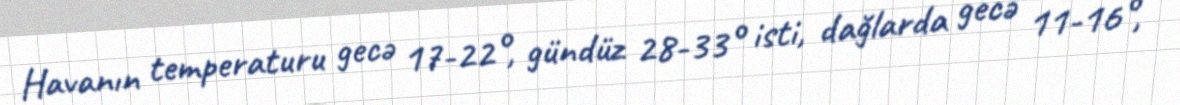
Havanın temperaturu gecə 17-22°, gündüz 28-33° isti, dağlarda gecə 11-16°,